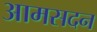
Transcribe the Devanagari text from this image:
आमसदन